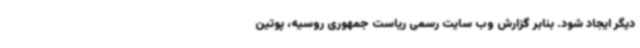
دیگر ایجاد شود. بنابر گزارش وب سایت رسمی ریاست جمهوری روسیه، پوتین